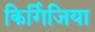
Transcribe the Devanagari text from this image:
किर्गिजिया